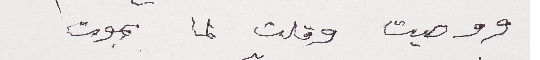
ووصيت وقلت لما بموت